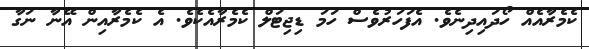
ކެމެރާއެއް ހޯދައިދިނެވެ. އެފަހަރުވެސް ހަމަ ޑިޖިޓަލް ކެމެރާއެކެވެ. އެ ކެމެރާއިން އޭނާ ނަގާ